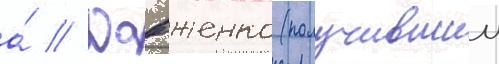
а́ // Довженко (получившии